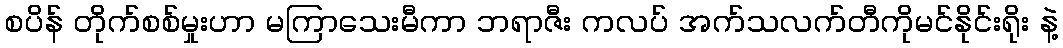
စပိန် တိုက်စစ်မှုးဟာ မကြာသေးမီကာ ဘရာဇီး ကလပ် အက်သလက်တီကိုမင်နိုင်းရိုး နဲ့